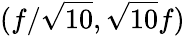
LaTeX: (f/\sqrt{10},\sqrt{10}f)